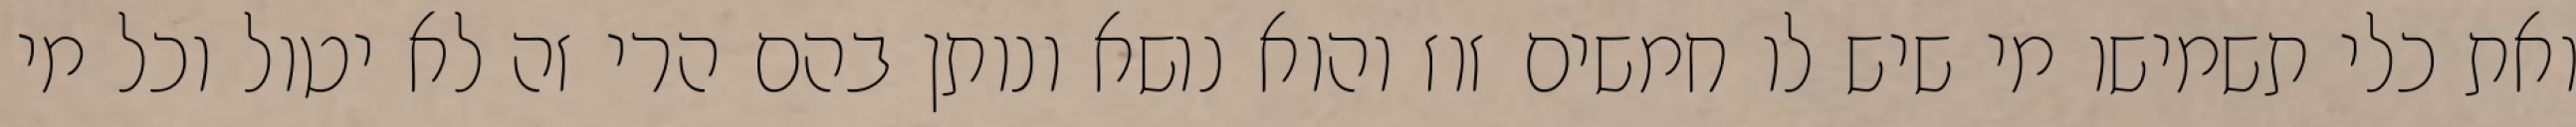
ואת כלי תשמישו מי שיש לו חמשים זוז והוא נושא ונותן בהם הרי זה לא יטול וכל מי